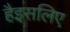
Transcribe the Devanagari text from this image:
हैइसलिए